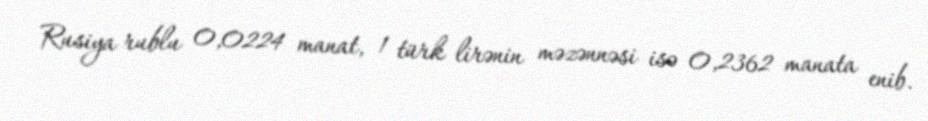
Rusiya rublu 0,0224 manat, 1 türk lirənin məzənnəsi isə 0,2362 manata enib.